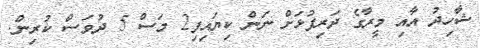
ޝާހިދު އާއި މީރާގެ ދަރިފުޅަށް ނަން ކިޔައިފި2 މަސް 5 ދުވަސް ކުރިން.